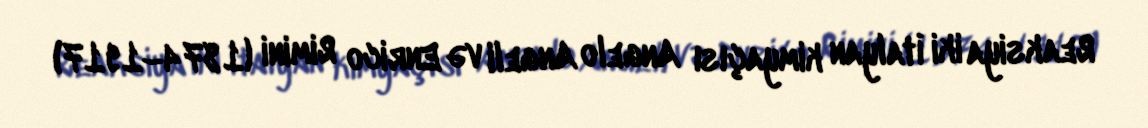
Reaksiya iki İtalyan kimyaçısı Angelo Angeli və Enrico Rimini (1874–1917)